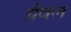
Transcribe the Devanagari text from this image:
ग्रैवल